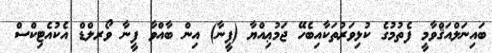
ބައިނަލްއަޤްވާމީ ފެތުމުގެ ކުޅިވަރުތަކާއިބެހޭ ޖަމުޢިއްޔާ (ފީނާ) އިން ބާއްވާ ފީނާ ވޯރލްޑް އެކުއެޓިކްސް